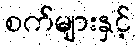
စက်များနှင့်